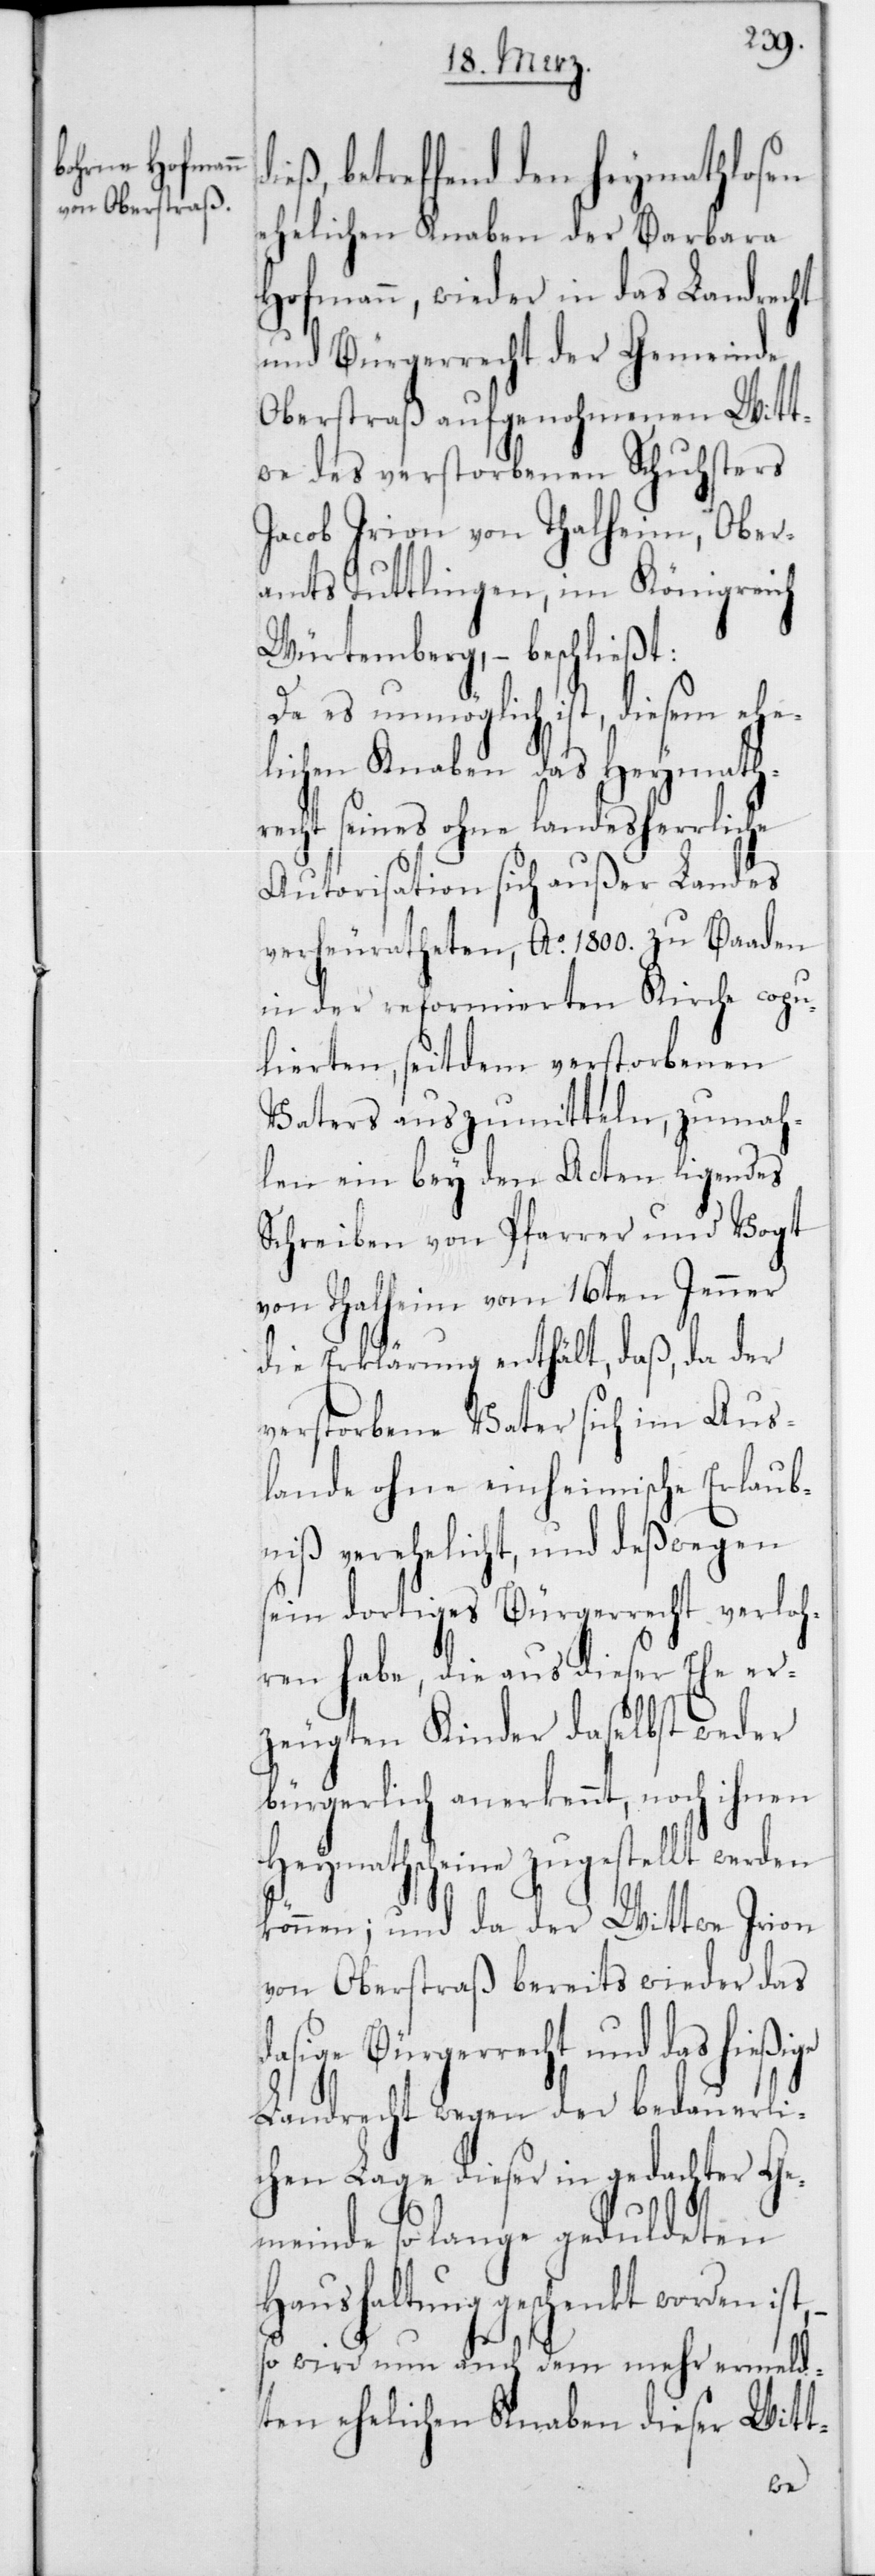
ß, betreffend den Heymathlosen
ehelichen Knaben der Barbara
Hofmann, wieder in das Landrecht
und Bürgerrecht der Gemeinde
Oberstraß aufgenohmenen Witt¬
we des verstorbenen Schuhsters
Jacob Irion von Thalheim, Ober¬
amts Tuttlingen im Königreich
Würtemberg, – beschließt:
Da es unmöglich ist, diesem ehe¬
lichen Knaben das Heymath¬
recht seines ohne landesherrliche
Autorisation sich außer Landes
verheuratheten, Ao 1800 zu Baaden
in der reformierten Kirche copu¬
lierten, seitdem verstorbenen
Vaters auszumitteln, zumah¬
len ein bey den Acten ligendes
Schreiben von Pfarrer und Vogt
von Thalheim vom 16ten Jenner
die Erklärung enthält, daß, da der
verstorbene Vater sich im Aus¬
lande ohne einheimische Erlaub¬
niß verehelicht, und deßwegen
sein dortiges Bürgerrecht verloh¬
ren habe, die aus dieser Ehe er¬
zeugten Kinder daselbst weder
bürgerlich anerkannt, noch ihnen
Heymathscheine zugestellt werden
können; und da der Wittwe Irion
von Oberstraß bereits wieder das
dasige Bürgerrecht und das hießige
Landrecht wegen der bedauerli¬
chen Lage dieser in gedachter Ge¬
meinde so lange geduldeten
Haushaltung geschenkt worden ist,
so wird nun auch dem mehr ermeld¬
ten ehelichen Knaben dieser Witt-
die¬